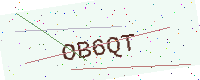
Text: OB6QT